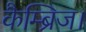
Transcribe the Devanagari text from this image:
कैम्ब्रिज।